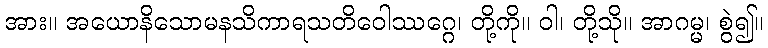
အား။ အယောနိသောမနသိကာရသတိဝေါဿဂ္ဂေ၊ တို့ကို။ ဝါ၊ တို့သို။ အာဂမ္မ၊ စွဲ၍။